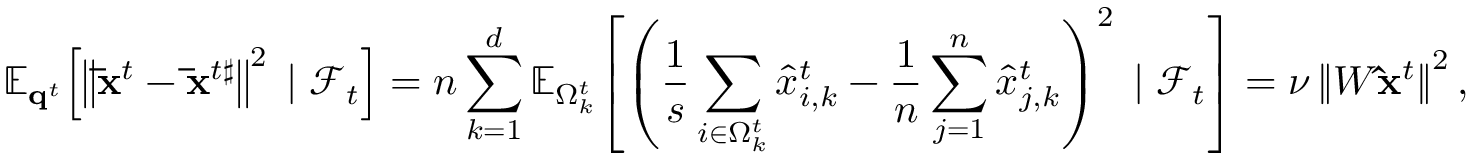
\mathbb { E } _ { \mathbf { q } ^ { t } } \! \left[ \left\| \mathbf { \bar { x } } ^ { t } - \mathbf { \bar { x } } ^ { t \sharp } \right\| ^ { 2 } \; | \; \mathcal { F } _ { t } \right] = n \sum _ { k = 1 } ^ { d } \mathbb { E } _ { \Omega _ { k } ^ { t } } \! \left[ \left( \frac { 1 } { s } \sum _ { i \in \Omega _ { k } ^ { t } } \hat { x } _ { i , k } ^ { t } - \frac { 1 } { n } \sum _ { j = 1 } ^ { n } \hat { x } _ { j , k } ^ { t } \right) ^ { 2 } \; | \; \mathcal { F } _ { t } \right] = \nu \left\| W \mathbf { \hat { x } } ^ { t } \right\| ^ { 2 } ,